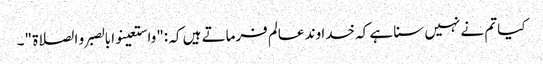
کیا تم نے نہیں سنا ہے کہ خدا وند عالم فرماتے ہیں کہ :"واستعینوا بالصبر و الصلاۃ "۔